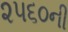
૨૫૬૦ની